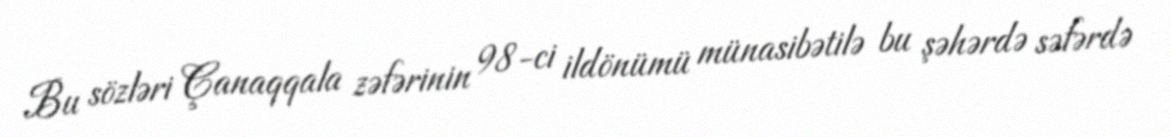
Bu sözləri Çanaqqala zəfərinin 98-ci ildönümü münasibətilə bu şəhərdə səfərdə